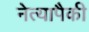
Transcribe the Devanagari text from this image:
नेत्यापैकी